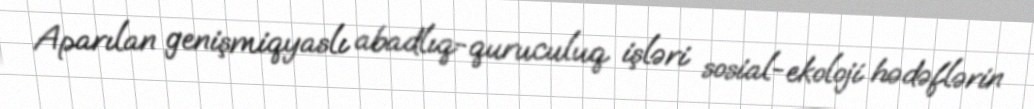
Aparılan genişmiqyaslı abadlıq-quruculuq işləri sosial-ekoloji hədəflərin